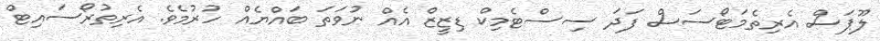
ލޫޕަސް އެރިތެމަޓޯސަސް ފަދަ ސިސްޓެމިކް ޑިޒީޒް އެއް ނުވަތަ ބައްޔެއް ހުރުމެވެ. އެރިތުރޯސައިޓް